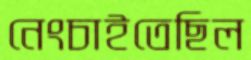
নেংচাইতেছিল